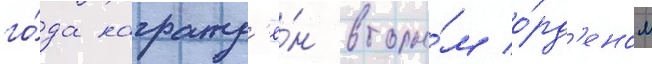
го́да награжд'ё́н вторы́м о́рд'еном